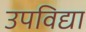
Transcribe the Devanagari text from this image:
उपविद्या